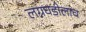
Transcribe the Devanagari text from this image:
लग्नघडीलाच